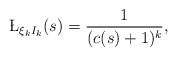
\begin{align*}\L_{\xi_k I_k}(s)=\frac{1}{(c(s)+1)^k},\end{align*}